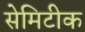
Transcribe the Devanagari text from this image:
सेमिटीक